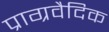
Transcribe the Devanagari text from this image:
प्राग्रवैदिक